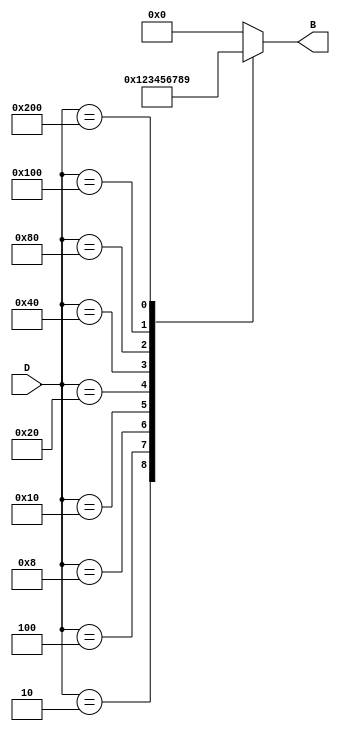
module DecimalToBinaryEncoder (
    input wire [9:0] D,  // 10 input lines for decimal digits D0 to D9
    output reg [3:0] B   // 4-bit binary output B3, B2, B1, B0
);

// Combinational logic to encode decimal to binary
always @(*) begin
    case (D)
        10'b0000000001: B = 4'b0000; // D0
        10'b0000000010: B = 4'b0001; // D1
        10'b0000000100: B = 4'b0010; // D2
        10'b0000001000: B = 4'b0011; // D3
        10'b0000010000: B = 4'b0100; // D4
        10'b0000100000: B = 4'b0101; // D5
        10'b0001000000: B = 4'b0110; // D6
        10'b0010000000: B = 4'b0111; // D7
        10'b0100000000: B = 4'b1000; // D8
        10'b1000000000: B = 4'b1001; // D9
        default:        B = 4'b0000;  // Default case for invalid input (all low)
    endcase
end

endmodule